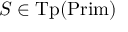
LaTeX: S \in { \mathrm { T p } } ( { \mathrm { P r i m } } )